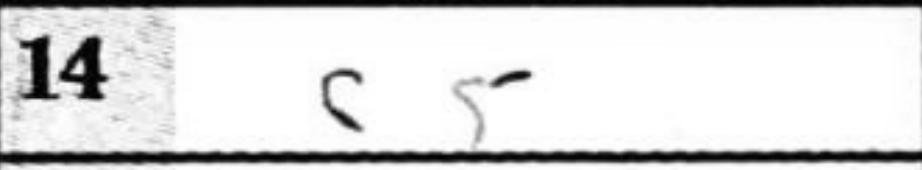
Transcription: c5